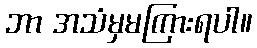
ဘာ အသံမှမကြားရပါ။